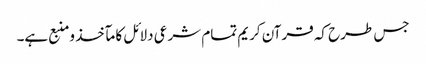
جس طرح کہ قرآن کریم تمام شرعی دلائل کا مآخذ ومنبع ہے۔